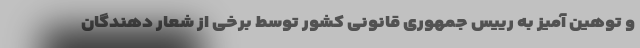
و توهین آمیز به رییس جمهوری قانونی کشور توسط برخی از شعار دهندگان